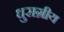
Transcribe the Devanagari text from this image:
धुराग्रीय